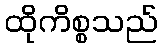
ထိုကိစ္စသည်